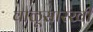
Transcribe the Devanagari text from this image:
वाळूसारखी